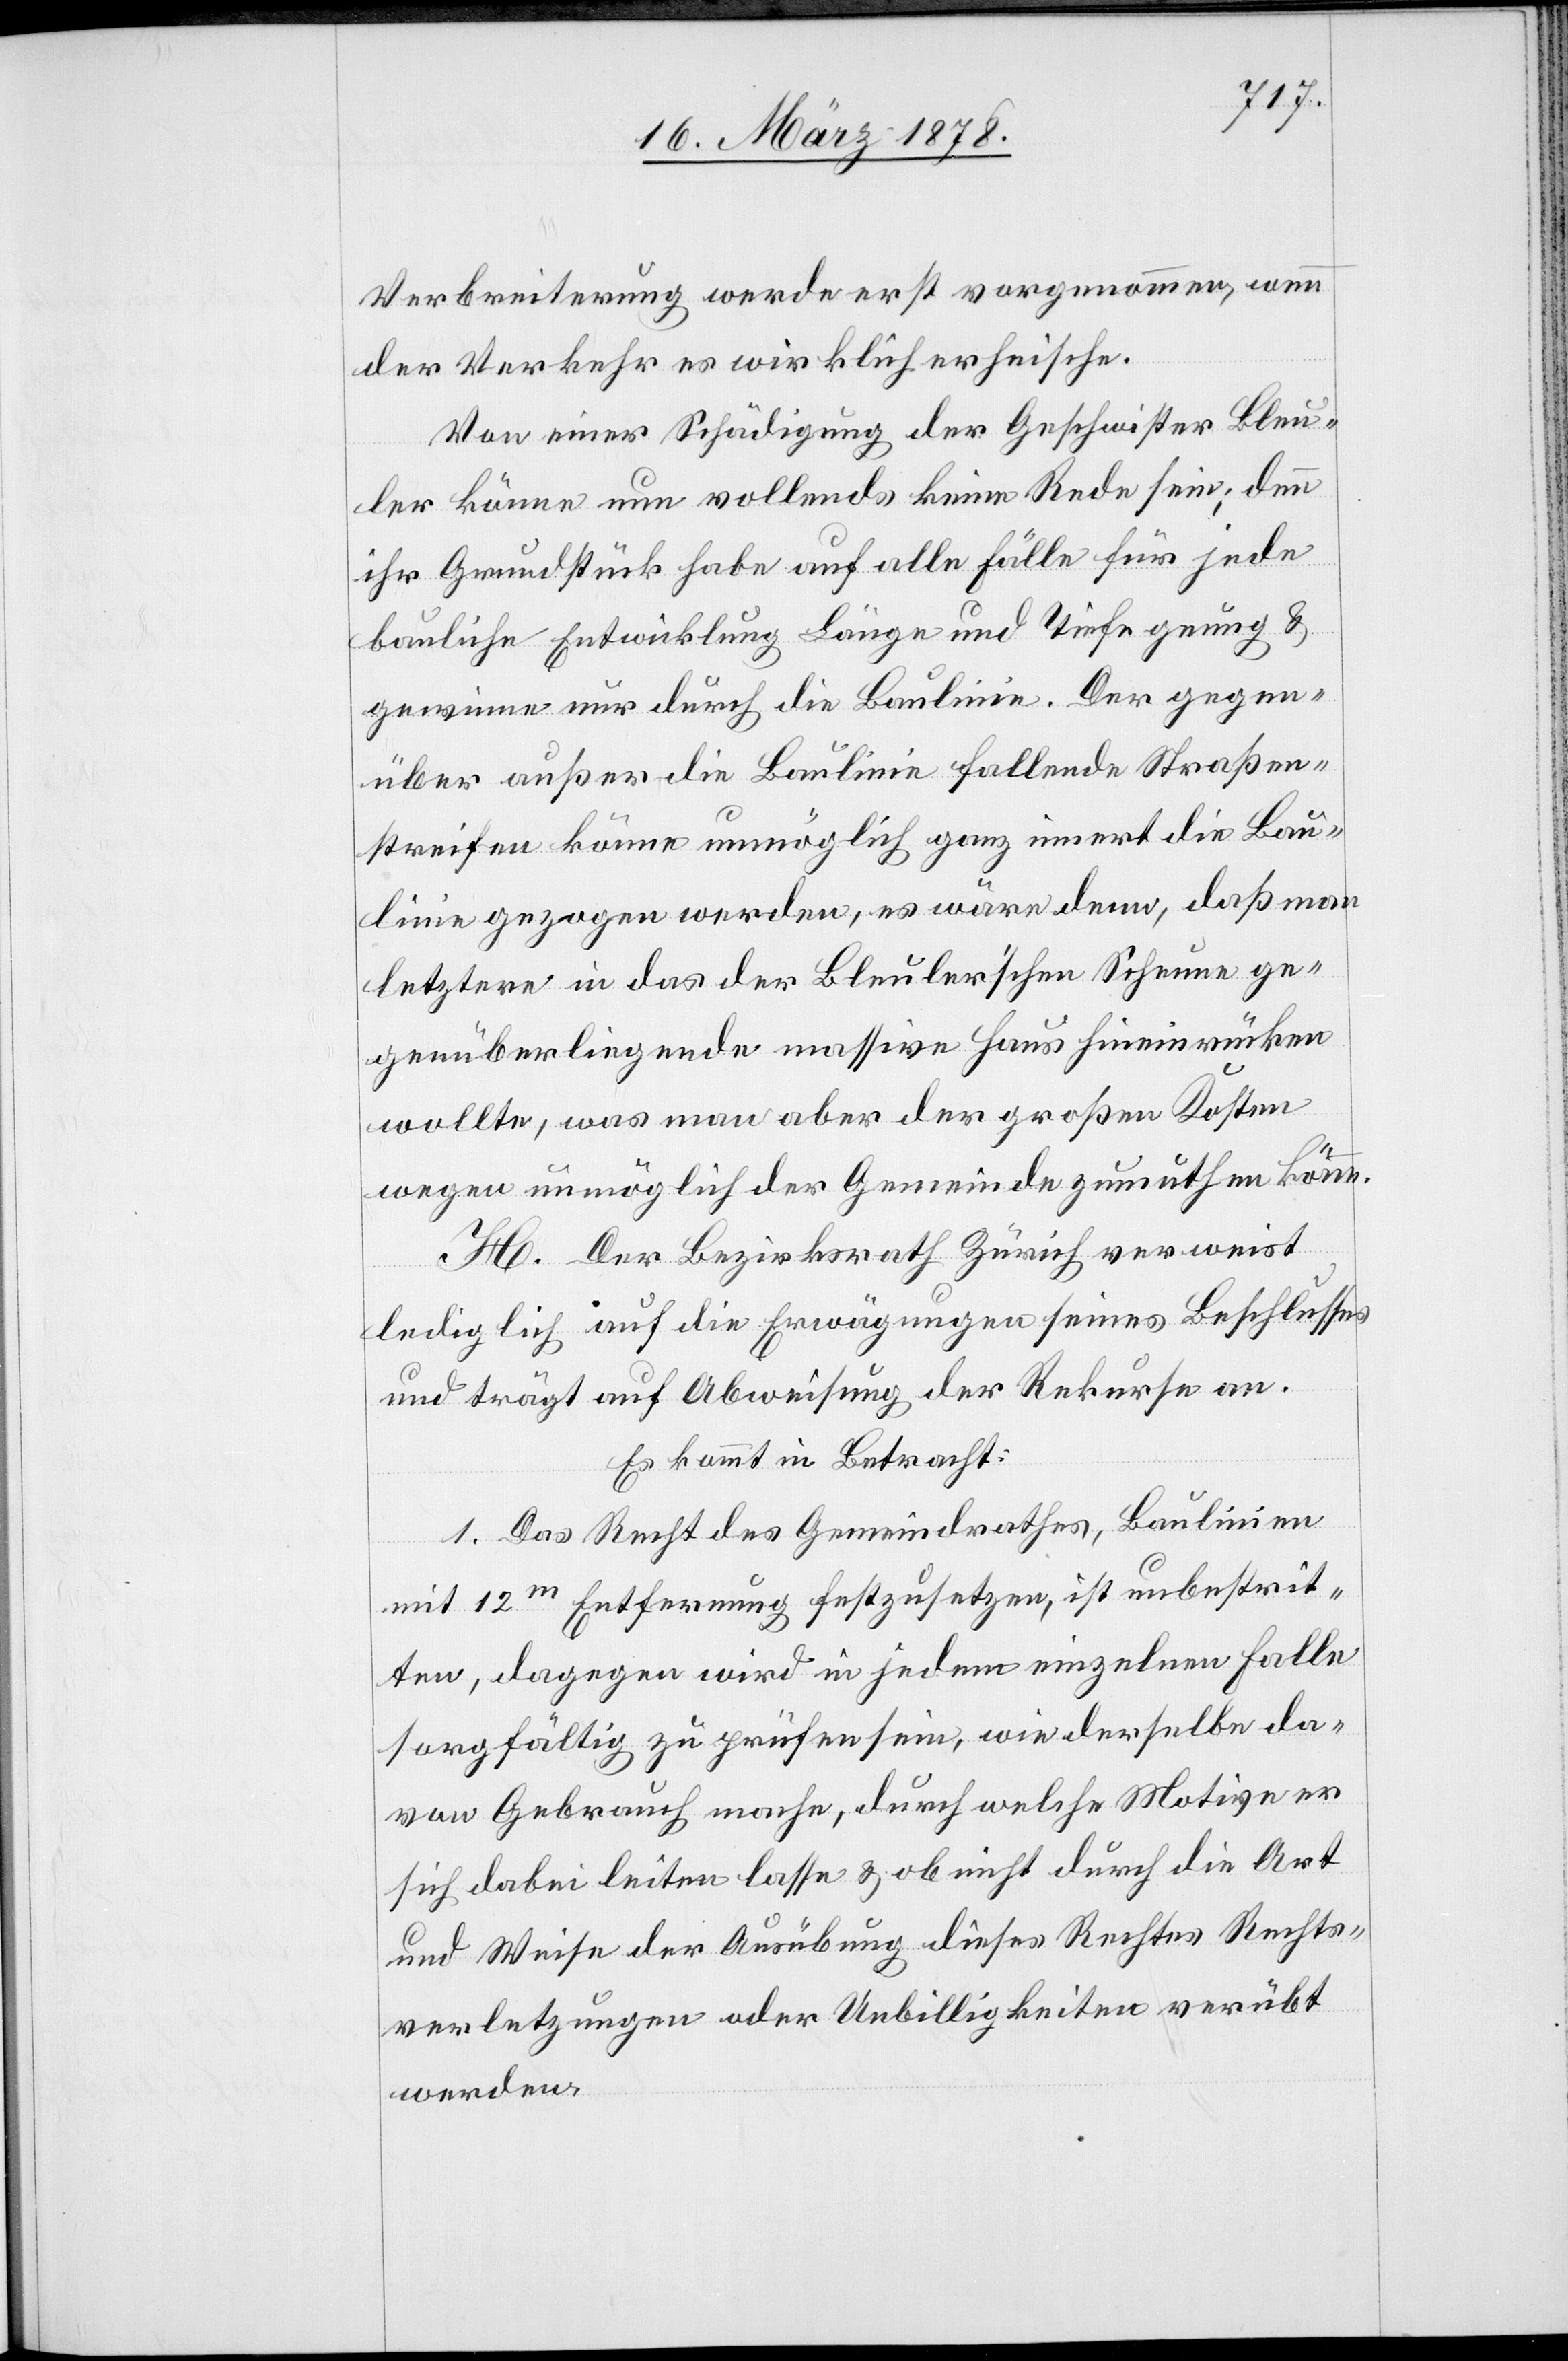
Verbreiterung werde erst vorgenommen, wenn
der Verkehr es wirklich erheische.
Von einer Schädigung der Geschwister Bleu¬
ler könne nun vollends keine Rede sein; denn
ihr Grundstück habe auf alle Fälle für jede
bauliche Entwicklung Länge und Tiefe genug &
gewinne nur durch die Baulinie. Der gegen¬
über außer die Baulinie fallende Straßen¬
streifen könne unmöglich ganz innert die Bau¬
linie gezogen werden, es wäre denn, daß man
letztere in das der Bleuler’schen Scheune ge¬
genüberliegende massive Haus hineinrücken
wollte, was man aber der großen Kosten
wegen unmöglich der Gemeinde zumuthen könne.
H. Der Bezirksrath Zürich verweist
lediglich auf die Erwägungen seines Beschlusses
und trägt auf Abweisung der Rekurse an.
Es kommt in Betracht:
1. Das Recht des Gemeindrathes, Baulinien
mit 12m Entfernung festzusetzen, ist unbestrit¬
ten, dagegen wird in jedem einzelnen Falle
sorgfältig zu prüfen sein, wie derselbe da¬
von Gebrauch mache, durch welche Motive er
sich dabei leiten lasse & ob nicht durch die Art
und Weise der Ausübung dieses Rechtes Rechts¬
verletzungen oder Unbilligkeiten verübt
werden.